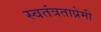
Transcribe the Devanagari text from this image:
स्वतंत्रताप्रेमी